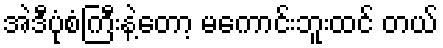
အဲဒီပုံစံကြီးနဲ့တော့ မကောင်းဘူးထင် တယ်